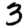
Digit: 3